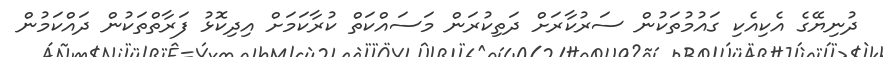
ދުނިޔޭގެ އެކިއެކި ގައުމުތަކުން ސަރުކާރަށް ދަތިކުރަން މަސައްކަތް ކުރާކަމަށް އިދިކޮޅު ފަރާތްތަކުން ދައްކަމުން